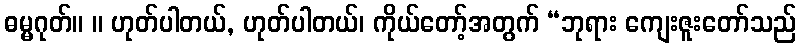
ဓမ္မဂုတ်။ ။ ဟုတ်ပါတယ်, ဟုတ်ပါတယ်၊ ကိုယ်တော့်အတွက် “ဘုရား ကျေးဇူးတော်သည်